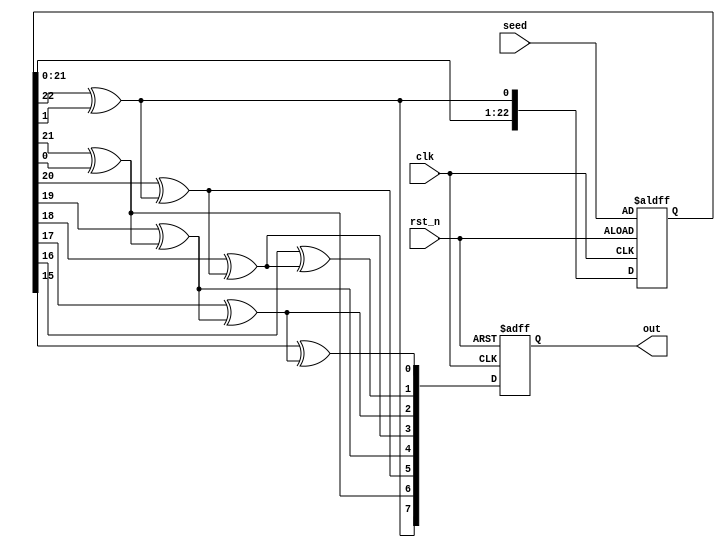

module fibonacci_lfsr_5bit(
  input [22:0] seed,
  input clk,
  input rst_n,
	
  output reg [7:0] out
);

  wire [7:0] data_next;
  reg [22:0] data;
  reg [22:0] lsdata;
 
 assign data_next[7] = data[22]^data[1];
 assign data_next[6] = data[21]^data[0];
 assign data_next[5] = data[20]^data_next[7];
 assign data_next[4] = data[19]^data_next[6];
 assign data_next[3] = data[18]^data_next[5];
 assign data_next[2] = data[17]^data_next[4];
 assign data_next[1] = data[16]^data_next[3];
 assign data_next[0] = data[15]^data_next[2];

always @(posedge clk or negedge rst_n)
begin
  if(!rst_n)
  begin	 
	 data = seed; //23'b00000000000000000000001;
  	 out <= 8'hff;
  end
  else
  begin
    out <= data_next;
	 begin
		 lsdata = data << 1;
		 data = {lsdata[22:1], data_next[7]};
	 end
  end
 end
 
endmodule

module fibonacci_lfsr_5bit_tb;

  	wire [7:0] out;
   reg clk;
   reg rst_n;
	reg [22:0] seed;
  
	//localparam SF = 2.0**-8.0;
	 
  	//O seguinte mdulo gera um nmero aleatrio de 16 bits.
  	fibonacci_lfsr_5bit UUT (.seed(seed), .clk(clk), .rst_n(rst_n), .out(out));
	 
	always #5 clk = ~clk;
    initial begin
      clk = 0;
		rst_n = 0;
		seed = 23'b00000000000000000000001;
		
		#5
		
		rst_n = 1;
		
		
      #5
		$display("[$display] data=%d", out);  
      #60
      $display("[$display] data=%d", out);  
    
    end
    //$stop;   // end of simulation

endmodule

/*
module fibonacci_lfsr_5bit(
  input [4:0] seed,
  input clk,
  input rst_n,
	
  output reg [7:0] out
);

  wire [7:0] data_next;
  reg [4:0] data;
  reg [4:0] lsdata;
  
 assign data_next[7] = data[4]^data[1];
 assign data_next[6] = data[3]^data[0];
 assign data_next[5] = data[2]^data_next[7];
 assign data_next[4] = data[1]^data_next[6];
 assign data_next[3] = data[0]^data_next[5];
 assign data_next[2] = data_next[7]^data_next[4];
 assign data_next[1] = data_next[6]^data_next[3];
 assign data_next[0] = data_next[5]^data_next[2];

always @(posedge clk or negedge rst_n)
  if(!rst_n)
  begin	 
  
	 data <= seed;
  	 out <= 8'hff;
  end
  else
  begin
    out <= data_next;
	 begin
		 lsdata = data << 1;
		 data = {lsdata[4:1], data_next[7]};
	 end
  end
endmodule

`timescale 1 ns/10 ps  // time-unit = 1 ns, precision = 10 ps

module fibonacci_lfsr_5bit_tb;

  	wire [7:0] out;
   reg clk;
   reg rst_n;
	reg [4:0] seed;
  
	//localparam SF = 2.0**-8.0;
	 
  	//O seguinte mdulo gera um nmero aleatrio de 16 bits.
  	fibonacci_lfsr_5bit UUT (.seed(seed), .clk(clk), .rst_n(rst_n), .out(out));
	 
	always #5 clk = ~clk;
    initial begin
      clk = 0;
		rst_n = 0;
		seed = 5'b00000;
		
		#5
		
		rst_n = 1;
		
		
      #5
		$display("[$display] data=%d", out);  
      #60
      $display("[$display] data=%d", out);  
    
    end
    //$stop;   // end of simulation

endmodule
*/